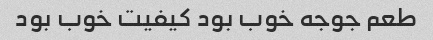
طعم جوجه خوب بود کیفیت خوب بود